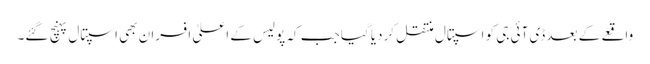
واقعے کے بعد ڈی آئی جی کو اسپتال منتقل کردیا گیا جب کہ پولیس کے اعلیٰ افسران بھی اسپتال پہنچ گئے۔